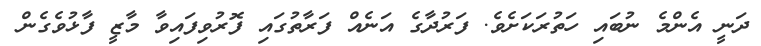
ދަނީ އެންމެ ނުބައި ހަތުރަކަށެވެ. ފަރުދާގެ އަނެއް ފަރާތުގައި ފޮރުވިފައިވާ މާޒީ ފާޅުވެގެން